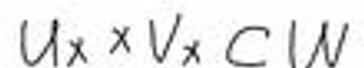
$U_x\times V_x\subset W$